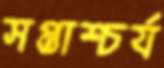
সপ্তাশ্চর্য